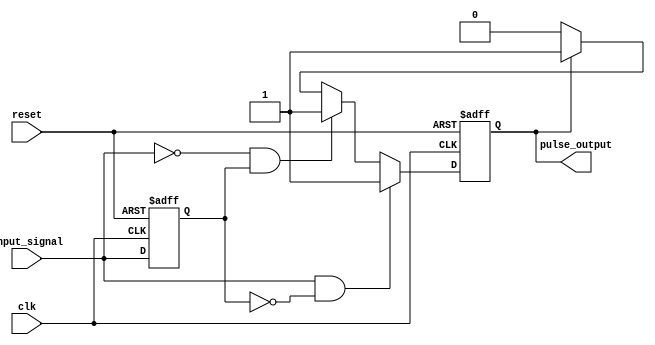
module PulseEdgeDetector (
    input wire clk,             // Clock signal
    input wire reset,           // Asynchronous reset signal
    input wire input_signal,     // Input signal to detect edges
    output reg pulse_output      // Output pulse signal
);

    // Memory block to hold previous state of input_signal
    reg prev_input_signal;

    // Parameters for pulse width
    parameter PULSE_WIDTH = 1; // Pulse width in clock cycles

    // Edge Detection Logic
    always @(posedge clk or posedge reset) begin
        if (reset) begin
            prev_input_signal <= 1'b0; // Initialize previous state
            pulse_output <= 1'b0;       // Ensure pulse output is low on reset
        end else begin
            // Check for edges
            if (input_signal && !prev_input_signal) begin
                // Rising edge detected
                pulse_output <= 1'b1; // Generate pulse
            end else if (!input_signal && prev_input_signal) begin
                // Falling edge detected
                pulse_output <= 1'b1; // Generate pulse
            end else begin
                // Maintain pulse output until the pulse width is met
                if (pulse_output) begin
                    // Delay mechanism for pulse width
                    pulse_output <= pulse_output; // Retain pulse output until next check
                end else begin
                    pulse_output <= 1'b0; // Otherwise, reset pulse output
                end
            end
            
            // Store the current state as previous input for next clock cycle
            prev_input_signal <= input_signal;
        end
    end

endmodule